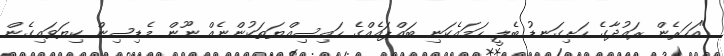
"އަހަރެން ރައުދާގެ ހަށިގަނޑު ބެލީ ހަމައެކަނި ބައްޕައެއްގެ ހައިސިއްޔަތަކުންނެއް ނޫން މެޑިސިން ކިޔަވައިގެން